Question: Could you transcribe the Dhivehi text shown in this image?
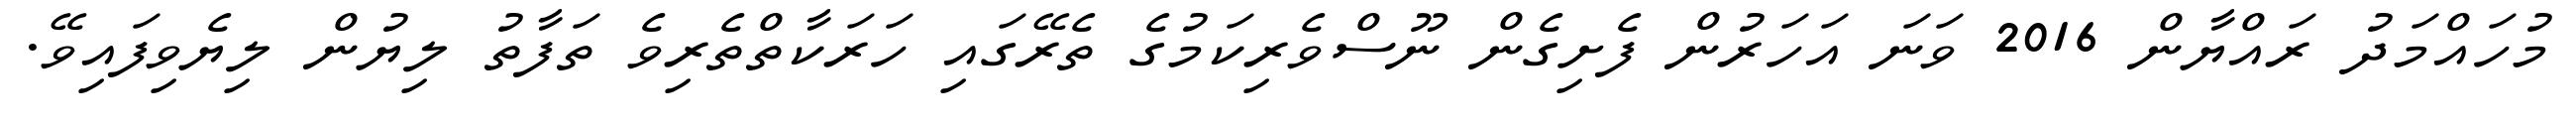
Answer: މުހައްމަދު ރައްޔާން 2016 ވަނަ އަހަރުން ފެށިގެން ނޫސްވެރިކަމުގެ ތެރޭގައި ހަރަކާތްތެރިވެ ތަފާތު ލިޔުން ލިޔެވިފައިވޭ.